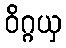
ဝိဂ္ဂယှ